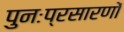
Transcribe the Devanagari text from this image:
पुनःप्रसारणों